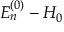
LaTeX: E _ { n } ^ { ( 0 ) } - H _ { 0 }